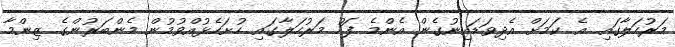
މަރުހަލާގައި އެ ކަމަށް އެދިވަޑައިނުގެން އެންމެ ފަހު މަރުހަލާގައި ހުށަހެޅުއްވުމުން މެންބަރުންގެ ޒިންމާ